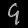
Digit: ၄